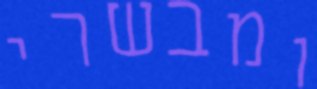
ומבשרי